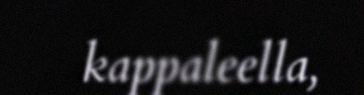
kappaleella,